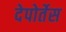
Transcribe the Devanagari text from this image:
देपोर्तेस